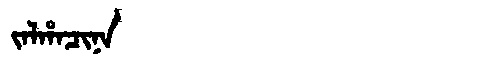
Manchu: ᠵᠠᠯᡥᠠᠴᡳᠨᠠ
Romanization: JALHACINA